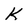
Character: K